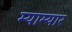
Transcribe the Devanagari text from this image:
म्याम्यार